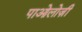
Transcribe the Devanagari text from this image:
पाओलोज़ी